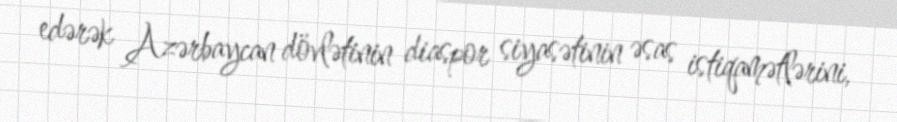
edərək Azərbaycan dövlətinin diaspor siyasətinin əsas istiqamətlərini,